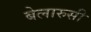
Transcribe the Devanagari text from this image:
बेलारुसी